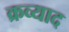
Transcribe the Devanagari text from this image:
क्रव्याद